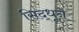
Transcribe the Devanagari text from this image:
सिद्धूने